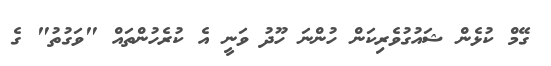
ގޭމް ކުޅެން ޝައުގުވެރިކަން ހުންނަ ހޫދު ވަނީ އެ ކުރެހުންތައް "ވަގުތު" ގެ